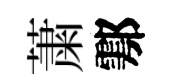
䔥鄠